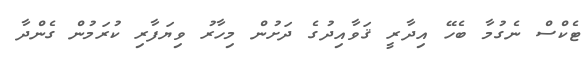
ޓެކްސް ނެގުމާ ބެހޭ އިދާރީ ޤަވާއިދުގެ ދަށުން މިހާރު ވިޔަފާރި ކުރަމުން ގެންދާ